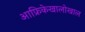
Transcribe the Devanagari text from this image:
आफ्रिकेखालोखाल